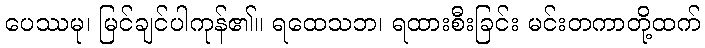
ပေဿမု၊ မြင်ချင်ပါကုန်၏။ ရထေသဘ၊ ရထားစီးခြင်း မင်းတကာတို့ထက်